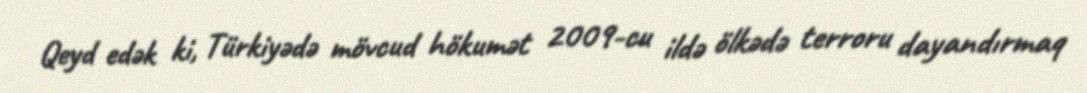
Qeyd edək ki, Türkiyədə mövcud hökumət 2009-cu ildə ölkədə terroru dayandırmaq